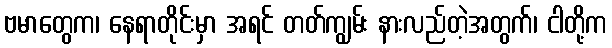
ဗမာတွေက၊ နေရာတိုင်းမှာ အရင် တတ်ကျွမ်း နားလည်တဲ့အတွက်၊ ငါတို့က